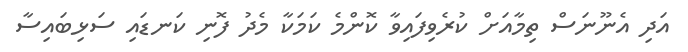
އަދި އެނޫނަސް ތިމާއަށް ކުރެވިފައިވާ ކޮންމެ ކަމަކާ މެދު ފޮނި ކަނޑައި ސަޅިބައިސާ